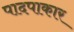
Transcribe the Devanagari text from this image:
पादपाकार